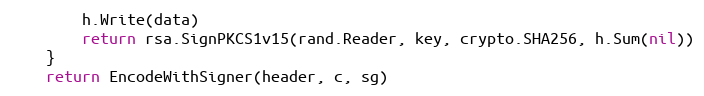
Language: Go
		h.Write(data)
		return rsa.SignPKCS1v15(rand.Reader, key, crypto.SHA256, h.Sum(nil))
	}
	return EncodeWithSigner(header, c, sg)